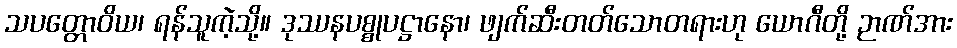
သပတ္တောဝိယ၊ ရန်သူကဲ့သို့။ ဒုဿနပစ္စုပဋ္ဌာနော၊ ဖျက်ဆီးတတ်သောတရားဟု ယောဂီတို့ ဉာဏ်အား